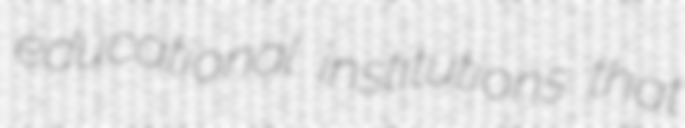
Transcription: educational institutions that